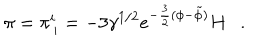
\pi = \pi _ { \, i } ^ { i } = - 3 \gamma ^ { 1 / 2 } e ^ { - \frac { 3 } { 2 } ( \phi - \tilde { \phi } ) } H .